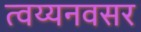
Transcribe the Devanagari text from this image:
त्वय्यनवसर